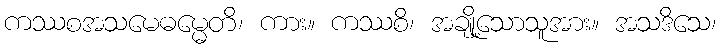
ကဿစအသမေဓမ္မေတိ၊ ကား။ ကဿစိ၊ အချို့သောသူအား။ အသဒိသေ၊